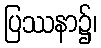
ပြဿနာ၌၊